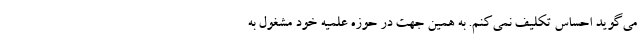
می‌گوید احساس تکلیف نمی‌کنم. به همین جهت در حوزه علمیه خود مشغول به